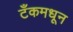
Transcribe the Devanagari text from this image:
टँकमधून